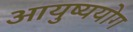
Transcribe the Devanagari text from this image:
आयुष्ययोग